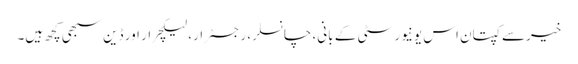
خیرسے کپتان اس یونیورسٹی کے بانی، چانسلر، رجسٹرار، لیکچرار اور ڈین سبھی کچھ ہیں۔